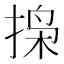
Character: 𫽐